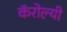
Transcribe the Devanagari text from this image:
कॅरोल्यी